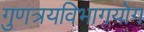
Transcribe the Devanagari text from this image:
गुणत्रयविभागयोग